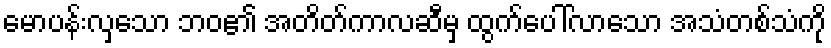
မောပန်းလှသော ဘဝ၏ အတိတ်ကာလဆီမှ ထွက်ပေါ်လာသော အသံတစ်သံကို